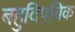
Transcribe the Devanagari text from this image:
बहुविषयिक